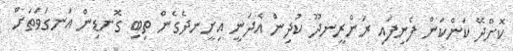
ކޮށްދޭ ކަންކަން ފެނިފައި ރަންރީނދޫ ކުދިން އެދަނީ އިށީނދެގެން ތިބި ގޮނޑިން އަނގަވަތަށް